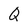
Character: Q